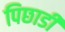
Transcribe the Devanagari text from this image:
पिछाडी